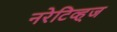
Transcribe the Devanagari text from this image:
नरेटिव्ह्ज